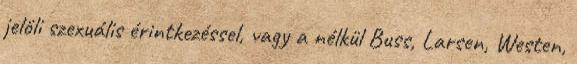
jelöli szexuális érintkezéssel, vagy a nélkül Buss, Larsen, Westen,